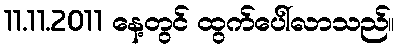
11.11.2011 နေ့တွင် ထွက်ပေါ်လာသည်။